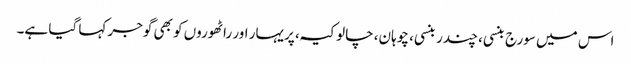
اس میں سورج بنسی، چندر بنسی، چوہان، چالوکیہ، پریہار اور راٹھوروں کو بھی گوجر کہا گیا ہے۔